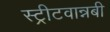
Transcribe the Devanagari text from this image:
स्ट्रीटवान्नबी